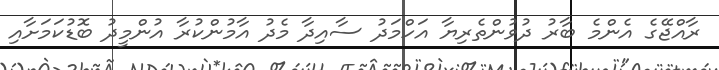
ރާއްޖޭގެ އެންމެ ބާރު ދުވުންތެރިޔާ އަހްމަދު ސާއިދާ މެދު އާމުންކުރާ އުންމީދު ބޮޑުކަމަށާއި